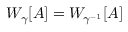
W _ { \gamma } [ A ] = W _ { \gamma ^ { - 1 } } [ A ]